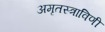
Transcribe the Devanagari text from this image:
अमृतस्त्राविणी